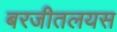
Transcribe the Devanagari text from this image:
बरजीतलयस